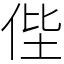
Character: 𠈺